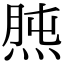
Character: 𤊯